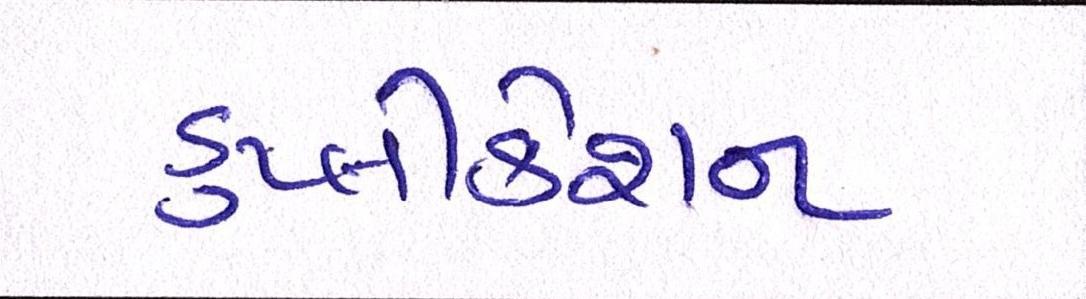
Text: ડુપ્લીકેશન